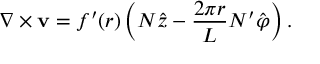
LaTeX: \nabla \times { \bf v } = f ^ { \prime } ( r ) \left( N \hat { z } - \frac { 2 \pi r } L N ^ { \prime } \hat { \varphi } \right) .